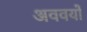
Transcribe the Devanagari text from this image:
अववयों